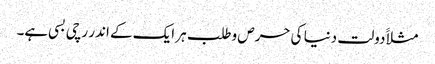
مثلاََ دولت دنیا کی حرص وطلب ہر ایک کے اندر رچی بسی ہے۔